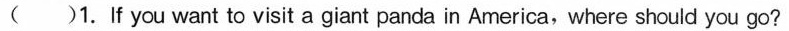
( )1.If you want to visit a giant panda in America,where should you go?